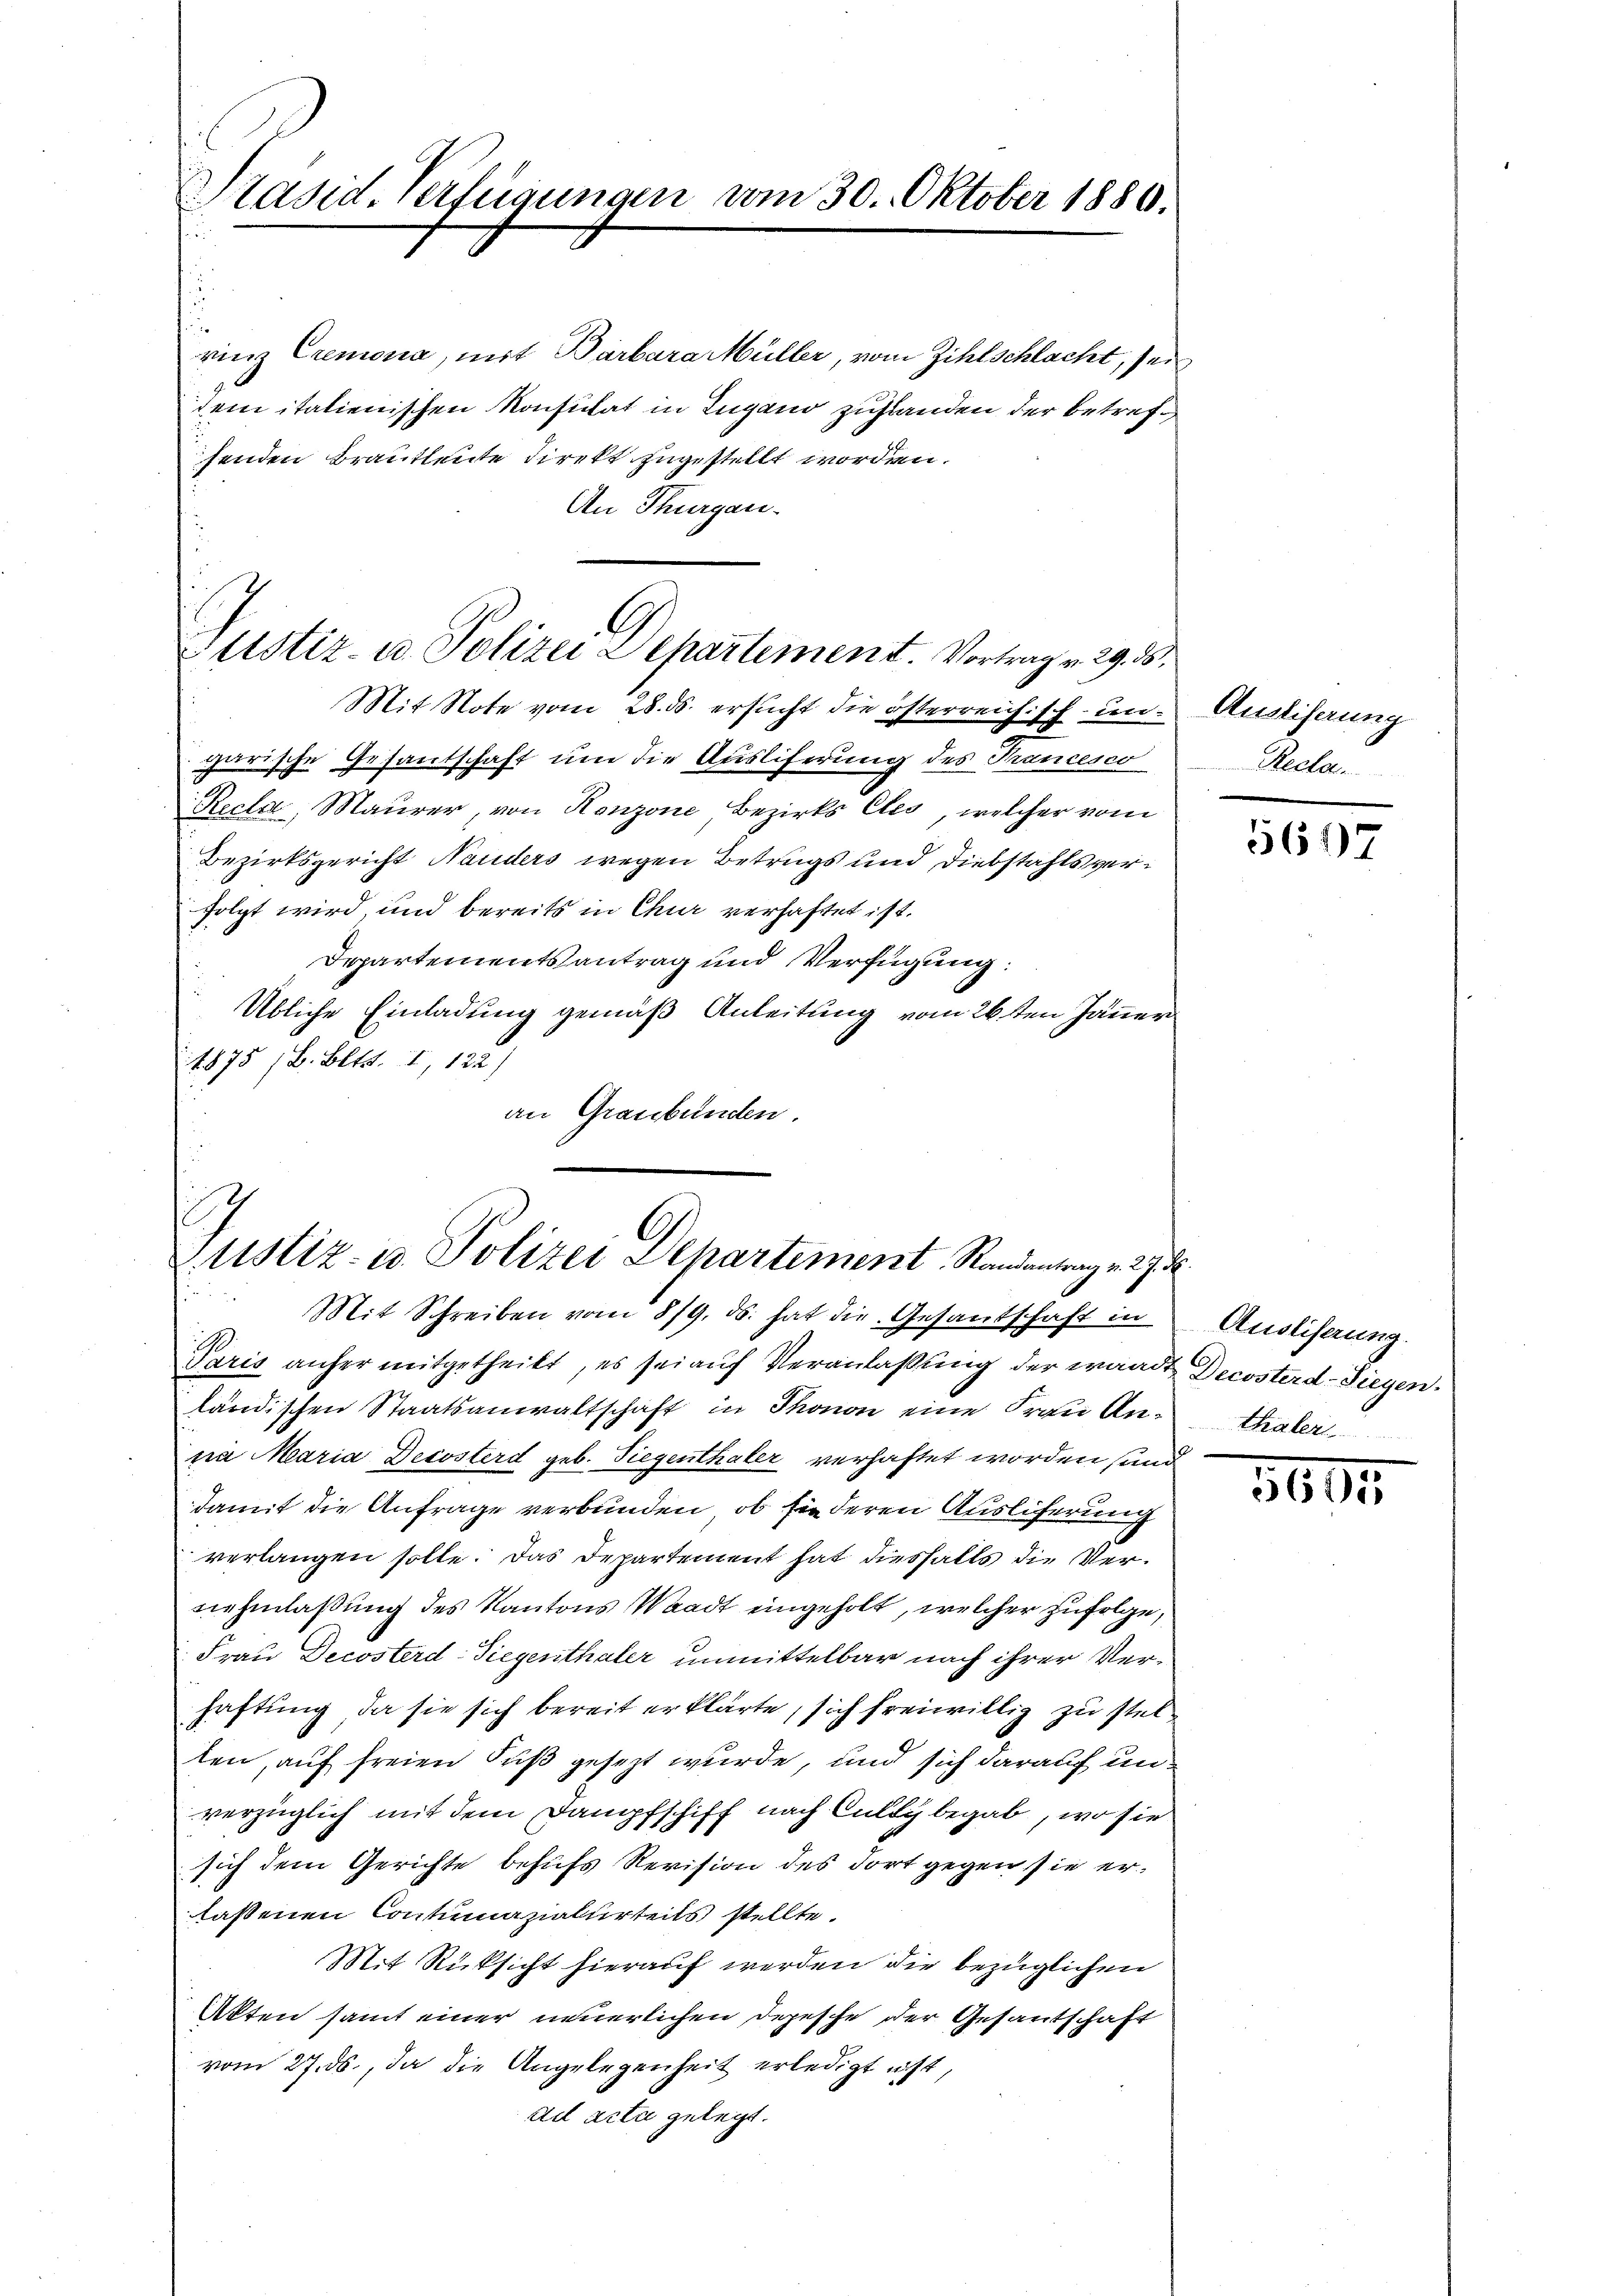
Präsid. Verfügungen vom 30. Oktober 1880.

rinz Cremona, mit Barbara Müller, vom Zihlschlacht, sei
dem italienischen Konsulat in Zugano zustanden der betrefsenden Brautleute direkt zugestellt worden.
An Thurgau.
Mit Note vom 28. ds. ersucht die österreichisch ungarische Gesandschaft um die Ausliferung des Trancesco
Recla, Maurer, von Ronzone Bezirks Cles, welcher vom
Bezirksgericht Nauders wegen Betrugs und Diebstahls verfolgt wird, und bereits in Chur verhaftet ist.
Departementsantrag und Verfügung:
Übliche Einladung gemäß Anleitung vom 26sten Jänner
1875 (B. Bett. I, 122)
an Graubünden.

Justiz- u. Polizei Departement. Vortrag v. 29. 5.

I
G.
Justiz- u. Polizei Separtement Randantrag v. 27. d
Mit Schreiben vom 8/9. ds. hat die Gesandschaft in

Paris anher mitgetheilt, es sei aŭf Veranlaßung der wardt Decosterd-Siegen.
ländischen Staatsanwaltschaft in Thonon eine Frau An-Thaler
pia Maria Decosterd geb. Siegenthaler verhaftet worden sand
damit die Anfrage verbunden, ob sie deren Ausliferung
verlangen solle. Das Departement hat diesfalls die Vernehmlaßung des Kantons Waadt eingeholt, welcher zufolge,
Frau Decosterd-Siegenthaler unmittelbar nach ihrer Verhaftung, da sie sich bereit erklärte, sich freiwillig zu stelten, auf freien Fuß gesezt wurde, und sich darauf unverzüglich mit dem Dampfschiff nach Culty begab, wo sie
sich dem Gerichte behufs Revision des dort gegen sie erlassenen Contumazialurteils stellte.
Mit Rücksicht hierauf werden die bezüglichen
Akten samt einer neuerlichen Depesche der Gesantschaft
vom 27. ds., da die Angelegenheit erledigt ist,
ad acta gelegt.

Auslieferung
Recla

5697

Ausliserung.

1605